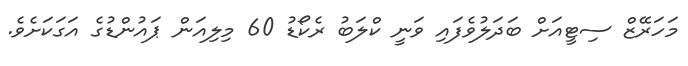
މަހަރޭޒް ސިޓީއަށް ބަދަލުވެފައި ވަނީ ކްލަބު ރެކޯޑު 60 މިލިއަން ޕައުންޑުގެ އަގަކަށެވެ.